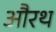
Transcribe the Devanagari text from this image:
औरथ